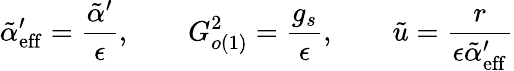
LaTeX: \tilde{\alpha}_{\mathrm{eff}}^{\prime}=\frac{\tilde{\alpha}^{\prime}}{\epsilon},\qquad G_{o(1)}^{2}=\frac{g_{s}}{\epsilon},\qquad\tilde{u}=\frac{r}{\epsilon\tilde{\alpha}_{\mathrm{eff}}^{\prime}}